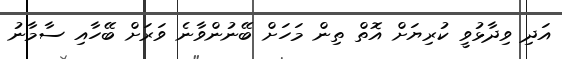
އަދި ވިދާޅުވީ ކުރިޔަށް އޮތް ތިން މަހަށް ބޭނުންވާނެ ވަރަށް ބޭހާއި ސާމާނު